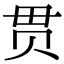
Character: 贯